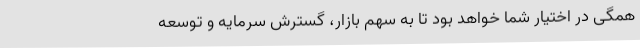
همگی در اختیار شما خواهد بود تا به سهم بازار، گسترش سرمایه و توسعه